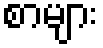
စာများ